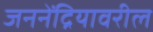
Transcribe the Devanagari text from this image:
जननेंद्रियावरील